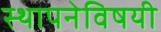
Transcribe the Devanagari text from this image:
स्थापनेविषयी